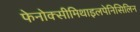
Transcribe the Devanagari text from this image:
फेनोक्सीमिथाइलपेनिसिलिन